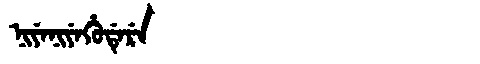
Manchu: ᠨᡳᠶᡝᠨᡳᠶᡝᡥᡠᡩᡝᡵᡝ
Romanization: NIYENIYEHUDERE